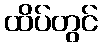
ထိပ်တွင်